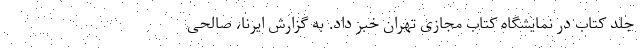
جلد کتاب در نمایشگاه کتاب مجازی تهران خبر داد. به گزارش ایرنا، صالحی